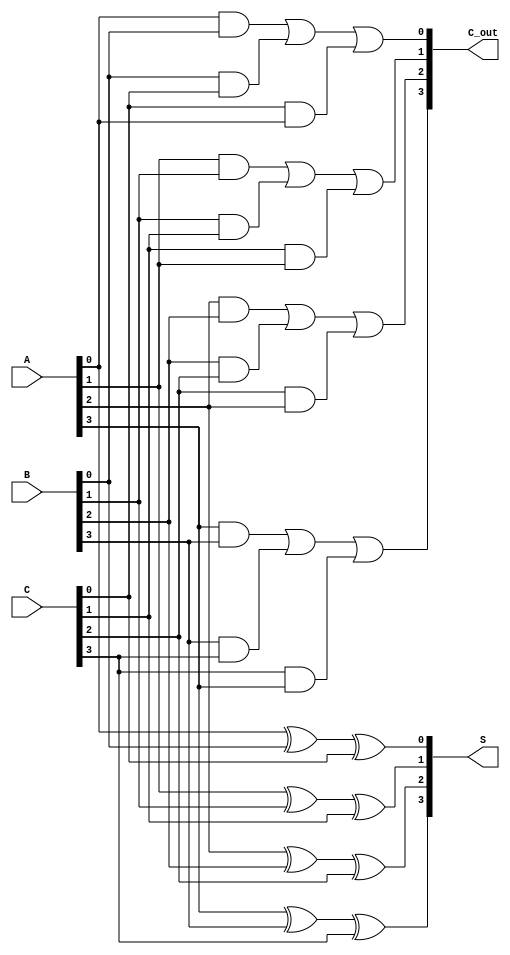
module CarrySaveAdder (
    input [3:0] A,  // 4-bit input A
    input [3:0] B,  // 4-bit input B
    input [3:0] C,  // 4-bit input C
    output [3:0] S, // 4-bit partial sum output
    output [3:0] C_out // 4-bit carry output
);
    wire [3:0] sum_ab, sum_bc, sum_ca; // Intermediate sums
    wire [3:0] carry_ab, carry_bc, carry_ca; // Intermediate carries

    // Generate partial sums using XOR for each bit
    assign S[0] = A[0] ^ B[0] ^ C[0];
    assign S[1] = A[1] ^ B[1] ^ C[1];
    assign S[2] = A[2] ^ B[2] ^ C[2];
    assign S[3] = A[3] ^ B[3] ^ C[3];

    // Generate carry bits for each bit position
    assign C_out[0] = (A[0] & B[0]) | (B[0] & C[0]) | (C[0] & A[0]);
    assign C_out[1] = (A[1] & B[1]) | (B[1] & C[1]) | (C[1] & A[1]);
    assign C_out[2] = (A[2] & B[2]) | (B[2] & C[2]) | (C[2] & A[2]);
    assign C_out[3] = (A[3] & B[3]) | (B[3] & C[3]) | (C[3] & A[3]);

endmodule